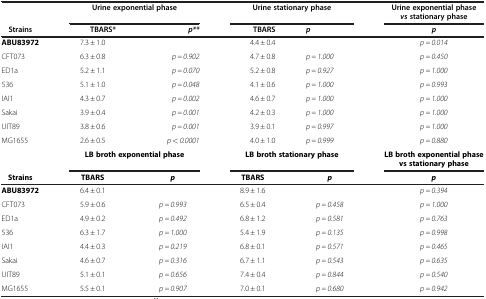
<table><thead><tr><td><b> </b></td><td colspan="2"><b>Urine exponential phase</b></td><td colspan="2"><b>Urine stationary phase</b></td><td><b>Urine exponential phase <i>vs</i> stationary phase</b></td></tr><tr><td><b>Strains</b></td><td><b>TBARS*</b></td><td><b><i>p**</i></b></td><td><b>TBARS</b></td><td><b><i>p</i></b></td><td><b><i>p</i></b></td></tr></thead><tbody><tr><td><b>ABU83972</b></td><td>7.3 ± 1.0</td><td> </td><td>4.4 ± 0.4</td><td> </td><td><i>p = 0.014</i></td></tr><tr><td>CFT073</td><td>6.3 ± 0.8</td><td><i>p = 0.902</i></td><td>4.7 ± 0.8</td><td><i>p = 1.000</i></td><td><i>p = 0.450</i></td></tr><tr><td>ED1a</td><td>5.2 ± 1.1</td><td><i>p = 0.070</i></td><td>5.2 ± 0.8</td><td><i>p = 0.927</i></td><td><i>p = 1.000</i></td></tr><tr><td>536</td><td>5.1 ± 1.0</td><td><i>p = 0.048</i></td><td>4.1 ± 0.6</td><td><i>p = 1.000</i></td><td><i>p = 0.993</i></td></tr><tr><td>IAI1</td><td>4.3 ± 0.7</td><td><i>p = 0.002</i></td><td>4.6 ± 0.7</td><td><i>p = 1.000</i></td><td><i>p = 1.000</i></td></tr><tr><td>Sakai</td><td>3.9 ± 0.4</td><td><i>p = 0.001</i></td><td>4.2 ± 0.3</td><td><i>p = 1.000</i></td><td><i>p = 1.000</i></td></tr><tr><td>UIT89</td><td>3.8 ± 0.6</td><td><i>p = 0.001</i></td><td>3.9 ± 0.1</td><td><i>p = 0.997</i></td><td><i>p = 1.000</i></td></tr><tr><td>MG1655</td><td>2.6 ± 0.5</td><td><i>p &lt; 0.0001</i></td><td>4.0 ± 1.0</td><td><i>p = 0.999</i></td><td><i>p = 0.880</i></td></tr><tr><td> </td><td colspan="2"><b>LB broth exponential phase</b></td><td colspan="2"><b>LB broth stationary phase</b></td><td><b>LB broth exponential phase vs stationary phase</b></td></tr><tr><td><b>Strains</b></td><td><b>TBARS</b></td><td><b><i>p</i></b></td><td><b>TBARS</b></td><td><b><i>p</i></b></td><td><b><i>p</i></b></td></tr><tr><td><b>ABU83972</b></td><td>6.4 ± 0.1</td><td> </td><td>8.9 ± 1.6</td><td> </td><td><i>p = 0.394</i></td></tr><tr><td>CFT073</td><td>5.9 ± 0.6</td><td><i>p = 0.993</i></td><td>6.5 ± 0.4</td><td><i>p = 0.458</i></td><td><i>p = 1.000</i></td></tr><tr><td>ED1a</td><td>4.9 ± 0.2</td><td><i>p = 0.492</i></td><td>6.8 ± 1.2</td><td><i>p = 0.581</i></td><td><i>p = 0.763</i></td></tr><tr><td>536</td><td>6.3 ± 1.7</td><td><i>p = 1.000</i></td><td>5.4 ± 1.9</td><td><i>p = 0.135</i></td><td><i>p = 0.998</i></td></tr><tr><td>IAI1</td><td>4.4 ± 0.3</td><td><i>p = 0.219</i></td><td>6.8 ± 0.1</td><td><i>p = 0.571</i></td><td><i>p = 0.465</i></td></tr><tr><td>Sakai</td><td>4.6 ± 0.7</td><td><i>p = 0.316</i></td><td>6.7 ± 1.1</td><td><i>p = 0.543</i></td><td><i>p = 0.635</i></td></tr><tr><td>UIT89</td><td>5.1 ± 0.1</td><td><i>p = 0.656</i></td><td>7.4 ± 0.4</td><td><i>p = 0.844</i></td><td><i>p = 0.540</i></td></tr><tr><td>MG1655</td><td>5.5 ± 0.1</td><td><i>p = 0.907</i></td><td>7.0 ± 0.1</td><td><i>p = 0.680</i></td><td><i>p = 0.942</i></td></tr></tbody></table>